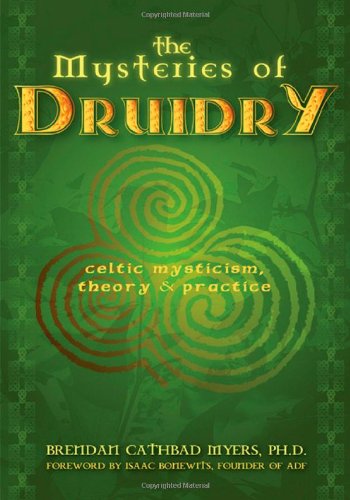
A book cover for The Mysteries of Druidry; Brendan Cathbad Myers; Religion & Spirituality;